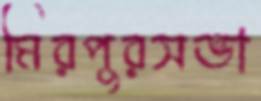
মিরপুরসভা